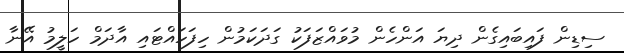
ސިޑިން ފައިބައިގެން ދިޔަ އަންހެން މުވައްޒަފަކު ގަދަކަމުން ހިފަހައްޓައި އާދަމް ހަލީމު އޭނާ